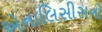
એનાલિસીસનો